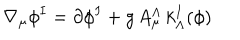
\nabla _ { \mu } \phi ^ { I } = \partial \phi ^ { I } + g \, A _ { \mu } ^ { \Lambda } \, k _ { \Lambda } ^ { I } ( \phi )